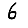
Digit: 6